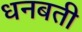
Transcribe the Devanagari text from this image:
धनबती